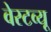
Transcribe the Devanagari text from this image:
वेस्टव्यू